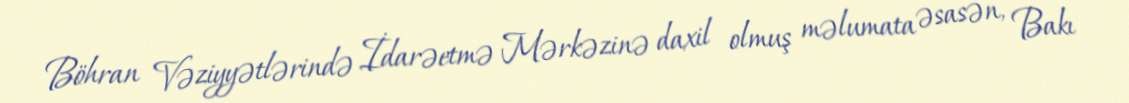
Böhran Vəziyyətlərində İdarəetmə Mərkəzinə daxil olmuş məlumata əsasən, Bakı